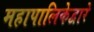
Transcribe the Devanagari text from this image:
महापालिकेद्वारे